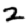
Digit: 2